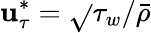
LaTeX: \mathbf{u}_{\tau}^{*}=\sqrt{}{{\tau_{w}/\bar{{\rho}}}}